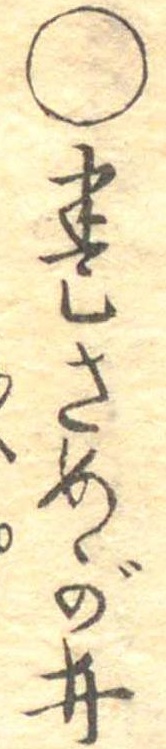
○巻さめが井